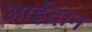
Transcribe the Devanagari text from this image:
आईदान